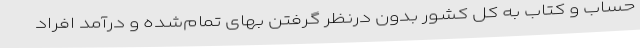
حساب و کتاب به کل کشور بدون درنظر گرفتن بهای تمام‌شده و درآمد افراد